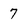
Character: 7